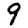
Digit: 9